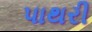
પાથરી